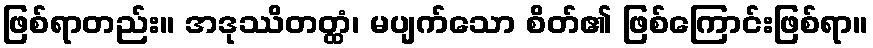
ဖြစ်ရာတည်း။ အဒုဿိတတ္ထံ၊ မပျက်သော စိတ်၏ ဖြစ်ကြောင်းဖြစ်ရာ။